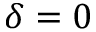
\delta = 0